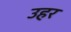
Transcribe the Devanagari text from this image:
उहर